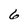
Character: 6